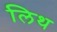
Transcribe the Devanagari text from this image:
लिथ